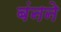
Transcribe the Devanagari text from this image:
बंनने